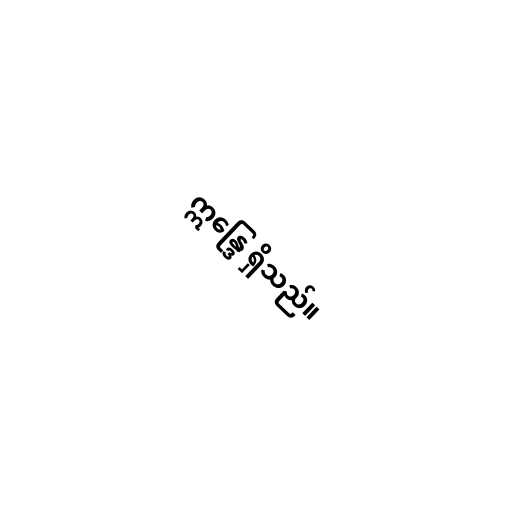
ဣန္ဒြေ ရှိသည်။